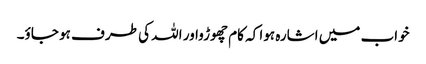
خواب میں اشارہ ہوا کہ کام چھوڑواور اللہ کی طرف ہو جاؤ۔